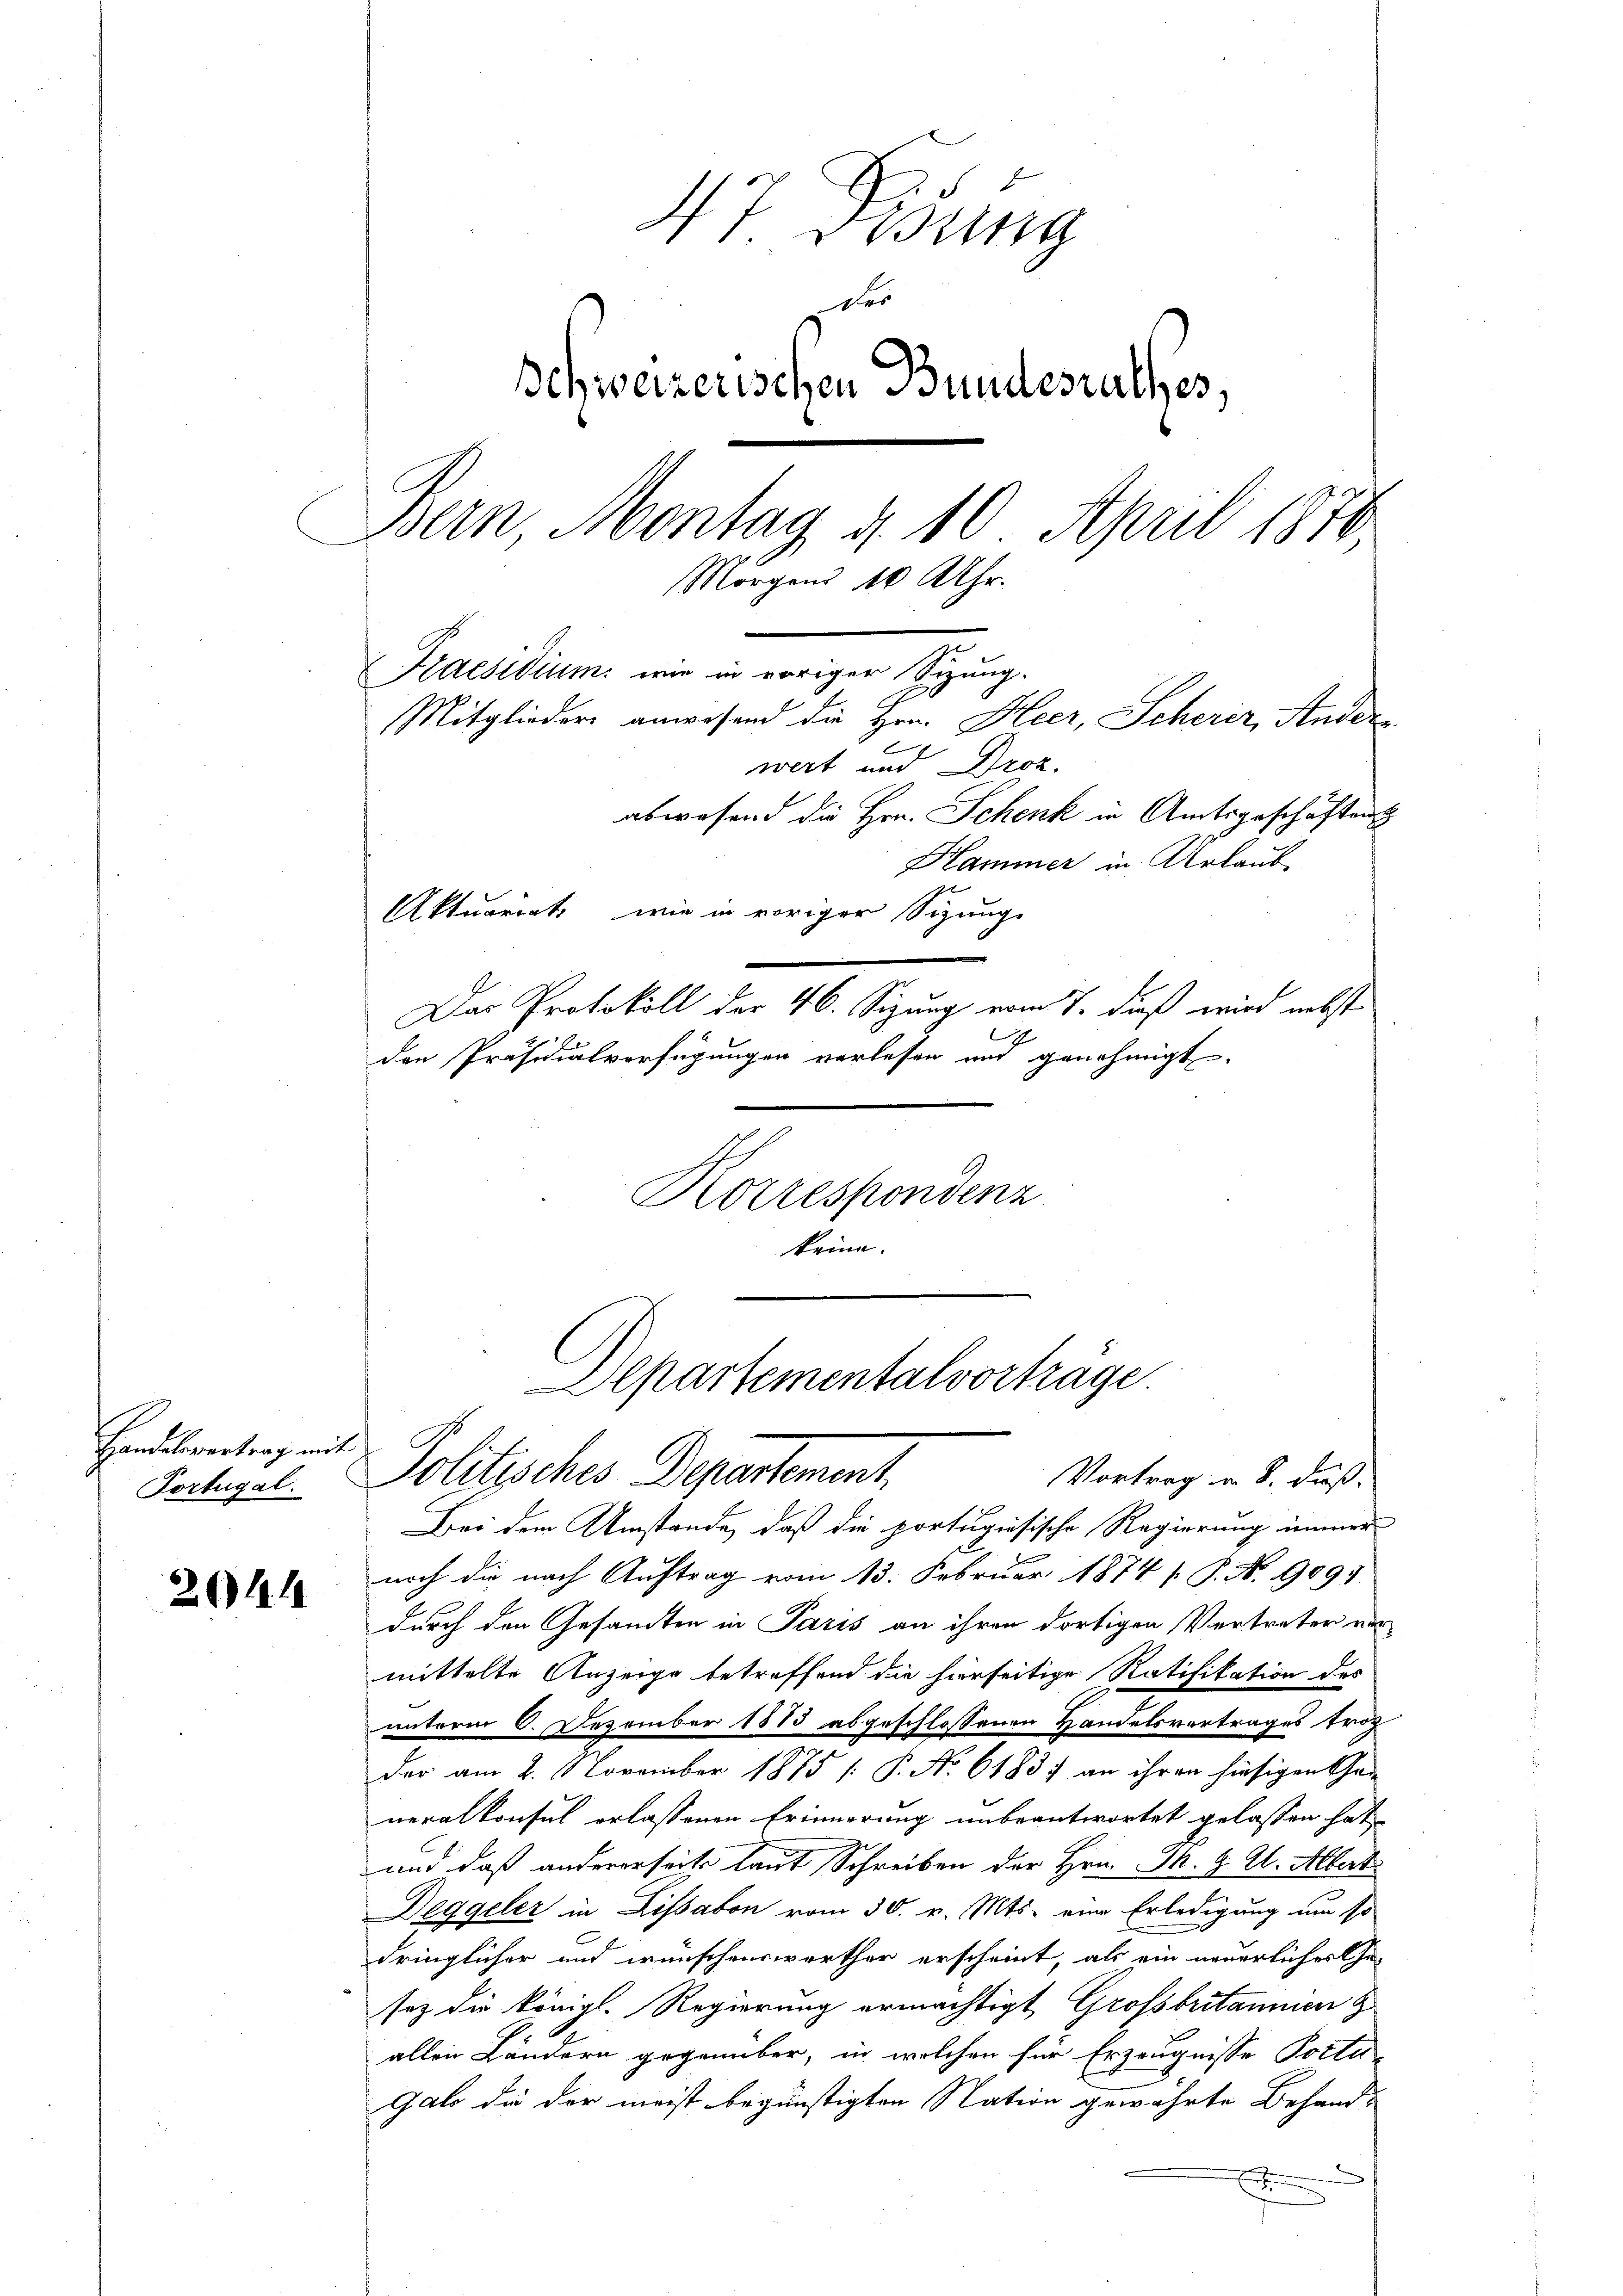
Handelsvertrag mit
Tortugal.

2611

T. Tessing
des
Schweizerischen Bundesrathes.
Bern Montag d. 10 April 1870
Morgens 10 Uhr.
Praesidium wie in voriger Sizung.
Mitglieder anwesend die Hrn. Heer, Scherer, Ander
wert und Droz.
abwesend die Hrn. Schenk in Amtsgeschäftent
Hammer in Urlaub¬
Aktuariat, wie in voriger Sizungs
Das Protokoll der 46. Sizung vom 7. daß wird nebst
.
den Präsidialverfügungen verlesen und genehmigt.

Korrespondenz
keine.

Alpartementalvorträge.
Politisches Departement
Vortrag u. S. daß

Bei dem Umstände, daß die portugisische Regierung immer
2
noch die nach Auftrag vom 13. Februar 1874 /. P. N. 9091
durch den Gesandten in Paris an ihren dortigen Vertreter ver
mittelte Anzeige betreffend die hierseitige Ratifikation des
unterm 6. Dezember 1883 abgeschlossenen Handelsvertrages troc
der am 2. 1. November 1875 [ P. No 61837 an ihren hiesigen Gar
neralkonsul erlassenen Erinnerung unbeantwortet gelassen hat,
und daß andererseits laut Schreiben der Hrn. J. J. A. Albert
Deggeler in Lissabon vom 30. v. Mts. eine Erledigung um so
dringlicher und wünschenswerther erscheint, als ein neuerliches Ge-
sez die königl. Regierung ermächtigt Grossbritanien z.
allen Ländern gegenüber, in welchen für Erzeugnisse Postu-
Galo die der meist begünstigten Nation gewährte Behand-